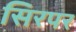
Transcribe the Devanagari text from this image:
सिरपर